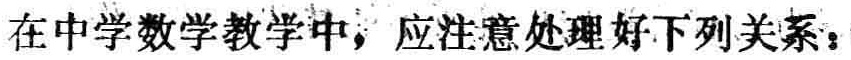
在中学数学教学中，应注意处理好下列关系：